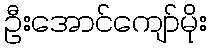
ဦးအောင်ကျော်မိုး